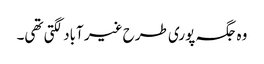
وہ جگہ پوری طرح غیر آباد لگتی تھی۔